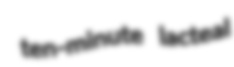
ten-minute lacteal